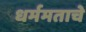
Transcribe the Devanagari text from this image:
धर्ममताचे